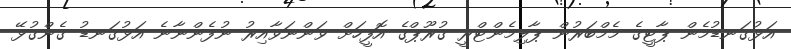
އަޅުގަނޑުމެން ޕާޓީގެ މެމްބަރުން ޕާލިމެންޓްރީ ގުރޫޕްގެ އޮފީހަށް ވަންނަވާއިރު ނުފެންނާނެ އަޅުގަނޑު ގެންގުޅޭ